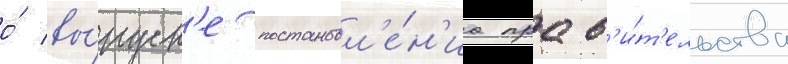
о́ вы́пуск'е постановл'е́н'иа прав'и́т'ельства